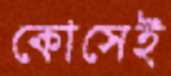
কোসেই